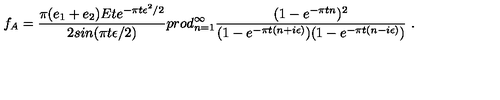
f _ { A } = { \frac { \pi ( e _ { 1 } + e _ { 2 } ) E t e ^ { - \pi t \epsilon ^ { 2 } / 2 } } { 2 s i n ( \pi t \epsilon / 2 ) } } p r o d _ { n = 1 } ^ { \infty } { \frac { ( 1 - e ^ { - \pi t n } ) ^ { 2 } } { ( 1 - e ^ { - \pi t ( n + i \epsilon ) } ) ( 1 - e ^ { - \pi t ( n - i \epsilon ) } ) } } \ .